Distribution and causation of leprosy in British India
Year: 1875
Disease focus: Leprosy
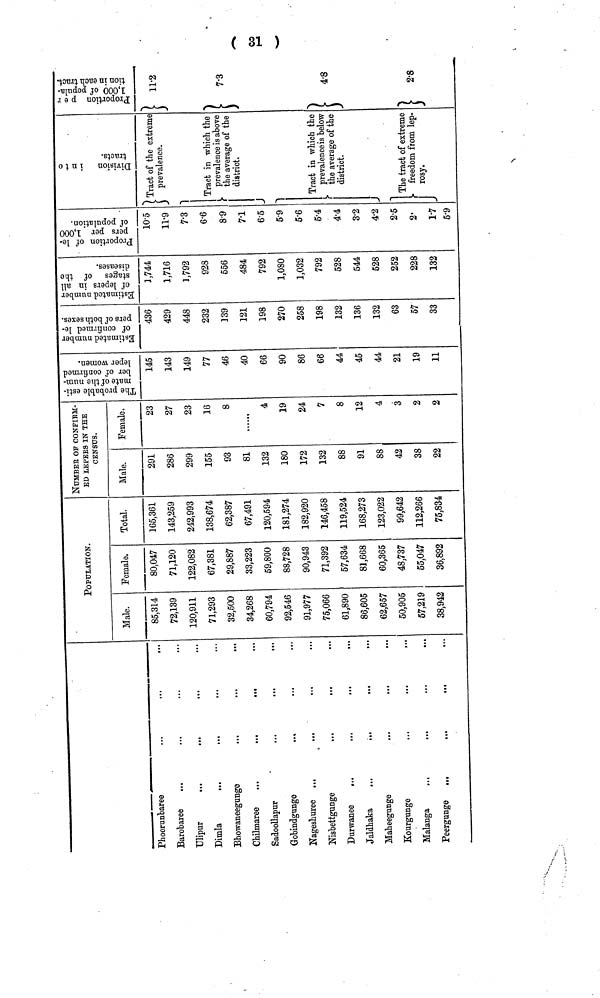
(31)
Phoorunbaree
Barobaree
Ulipur
...
...
...
...
Dimla
...
Bhowaneegunge
...
...
...
Chilmaree
...
...
...
Sadoollapur
...
...
...
Gobindgunge ...
Nageshuree ...
...
...
Nisbettgunge
Durwanee ...
Jaldhaka
...
...
...
Maheegunge
Kourgunge
...
...
...
Malanga
Peergunge ... .
... ...
POPULATION.
85,314
72,139
120,911
71,293
32,500
34,268
60,794
92,546
91,977
75,066
61,890
86,605
62,657
50,905
57,219
38,942
80,047
71,120
122,082
67,381
29,887
33,223
59,800
88,728
90,943
71,392
57,634
81,668
60,365
48,737
55,047
36,892
165,361
143,259
242,993
138,674
62,387
67,491
120,594
181,274
182,920
146,458
119,524
168,273
123,022
99,642
112,266
75,834
NUMBER OF CONFIRM-
ED LEPERS IN THE
CENSUS.
291
286
299
155
93
81
132
180
172
132
88
91
88
42
38
22
23
27
23
16
8
4
19
24
7
8
12
4
3
2
2
145
143
149
77
46
40
66
90
86
66
44
45
44
21
19
11
436
429
448
232
]39
121
198
270
258
198
132
136
132
63
57
33
3,744
1,716
1,792
928
556
484
792
1,080
1,032
792
528
544
528
252
228
132
10·5
11·9
7·3
6·6
8·9
7·1
6·5
5·9
5·6
5·4
4·4
3·2
4·2
2·5
2
1·7
5·9
Tract of the extreme
prevalence.
Tract in which the
prevalence is above
the average of the
district.
Tract in which the
prevalence is below
the average of the
district.
The tract of extreme
freedom
from lep-
rosy.
11·2
7·3
4·8
2·8